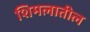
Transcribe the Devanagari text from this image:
शिमलातील